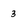
Character: 3